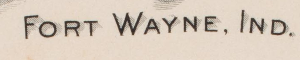
FORT WAYNE. IND.